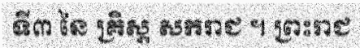
ទី៣ នៃ គ្រិស្ត សករាជ ។ ព្រះរាជ